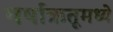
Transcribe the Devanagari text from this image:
वर्षाऋतूमध्ये